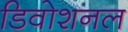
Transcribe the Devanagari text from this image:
डिवोशनल